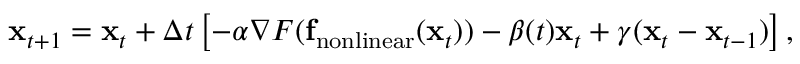
{ \bf x } _ { t + 1 } = { { \bf x } _ { t } } + \Delta t \left[ - \alpha \nabla F ( { \bf f } _ { \mathrm { n o n l i n e a r } } ( { \bf x } _ { t } ) ) - \beta ( t ) { \bf x } _ { t } + \gamma ( { \bf x } _ { t } - { \bf x } _ { t - 1 } ) \right] ,